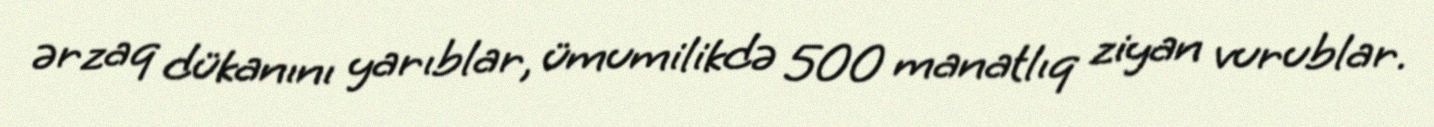
ərzaq dükanını yarıblar, ümumilikdə 500 manatlıq ziyan vurublar.